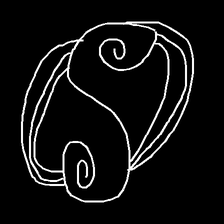
Glyph: wind-underfoot